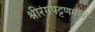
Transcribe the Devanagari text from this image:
श्रीरंगपट्टणमध्ये